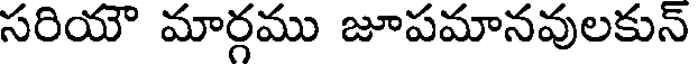
సరియౌ మార్గము జూపమానవులకున్